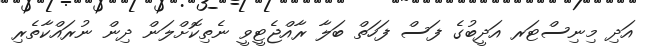
އަދި މިނިސްޓަރ އަދީބުގެ ފަސް ފަހަތް ބަލާ ރާއްޖެޓީވީ ނެތިކޮށްލަން ދިން ނުރައްކާތެރި